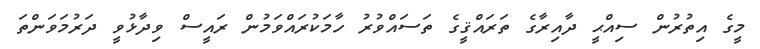
މީގެ އިތުރުން ސިއްޙީ ދާއިރާގެ ތަރައްޤީގެ ތަސައްވުރު ހާމަކުރައްވަމުން ރައީސް ވިދާޅުވީ ދަރުމަވަންތަ